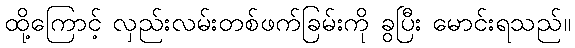
ထို့ကြောင့် လှည်းလမ်းတစ်ဖက်ခြမ်းကို ခွပြီး မောင်းရသည်။